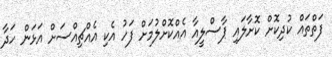
ފަތްތައް ކުދިކޮށް ކޮށާލައި ޕާސްލީއާ އެއްކޮށްލުމަށް ފަހު އެކި އެއްޗިއްސަށް އަޅަން ހަދާ